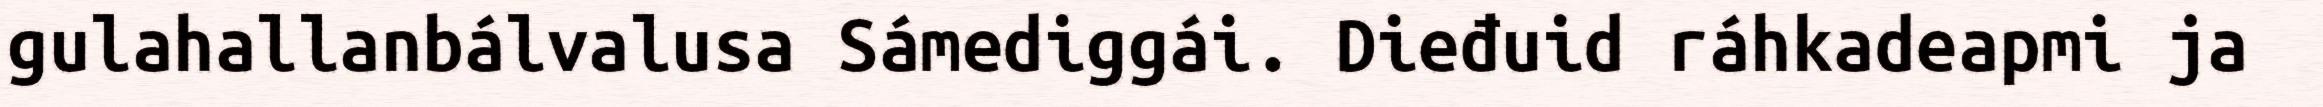
gulahallanbálvalusa Sámediggái. Dieđuid ráhkadeapmi ja